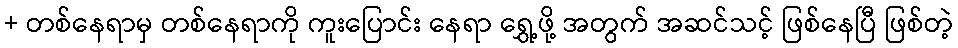
+ တစ်နေရာမှ တစ်နေရာကို ကူးပြောင်း နေရာ ရွှေ့ဖို့ အတွက် အဆင်သင့် ဖြစ်နေပြီ ဖြစ်တဲ့